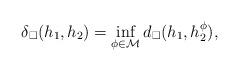
LaTeX: \begin{align*}\delta_{\square}(h_1, h_2) = \inf_{\phi \in \mathcal{M}} d_{\square}(h_1, h_2^{\phi}),\end{align*}